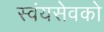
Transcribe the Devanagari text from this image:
स्वंयसेवको